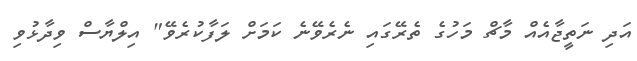
އަދި ނަތީޖާއެއް މާޗް މަހުގެ ތެރޭގައި ނެރެވޭނެ ކަމަށް ލަފާކުރެވޭ" އިލްޔާސް ވިދާޅުވި